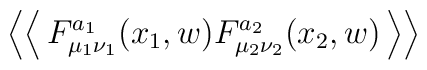
\left< \left< \, F^{a_{1}}_{\mu _{1}\nu _{1}}(x_{1},w)F^{a_{2}}_{\mu _{2}\nu _{2}}(x_{2},w)\, \right> \right>